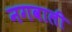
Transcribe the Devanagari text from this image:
नगवाली